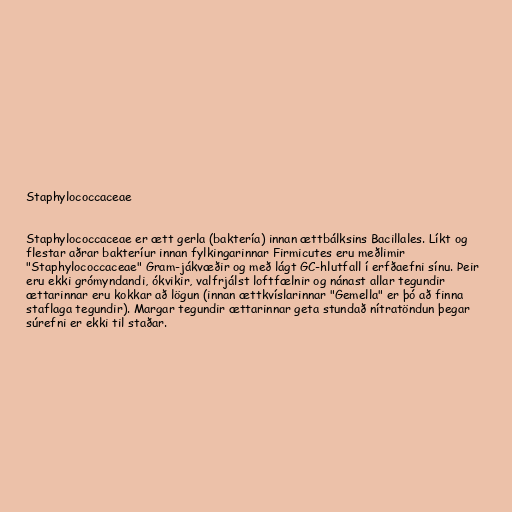
Staphylococcaceae

Staphylococcaceae er ætt gerla (baktería) innan ættbálksins Bacillales. Líkt og
flestar aðrar bakteríur innan fylkingarinnar Firmicutes eru meðlimir
"Staphylococcaceae" Gram-jákvæðir og með lágt GC-hlutfall í erfðaefni sínu. Þeir
eru ekki grómyndandi, ókvikir, valfrjálst loftfælnir og nánast allar tegundir
ættarinnar eru kokkar að lögun (innan ættkvíslarinnar "Gemella" er þó að finna
staflaga tegundir). Margar tegundir ættarinnar geta stundað nítratöndun þegar
súrefni er ekki til staðar.